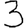
Digit: 3